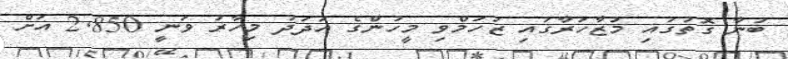
ބުނާ ގޮތުގައި މުޒާހަރާގައި ޒަހަމްވި މީހުންގެ އަދަދު މިހާރު ވަނީ 2